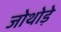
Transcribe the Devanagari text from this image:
जोथोड़े